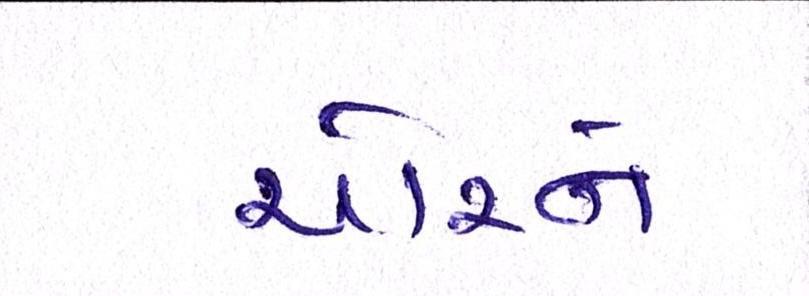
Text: ચોરને